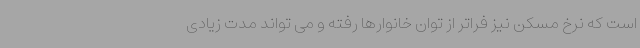
است که نرخ مسکن نیز فراتر از توان خانوارها رفته و می تواند مدت زیادی